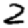
Digit: 2